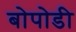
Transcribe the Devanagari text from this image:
बोपोडी